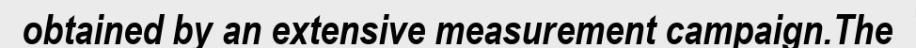
obtained by an extensive measurement campaign.The